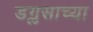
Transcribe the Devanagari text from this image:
डग्लसाच्या